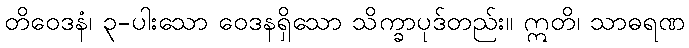
တိဝေဒနံ၊ ၃-ပါးသော ဝေဒနရှိသော သိက္ခာပုဒ်တည်း။ ဣတိ၊ သာဓရဏ